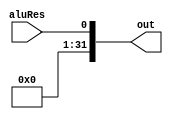
module sing_extend_1_32( // O certo seria zero extend para ele extender apenas com zeros
    input  wire        aluRes,
    output reg [31:0] out
);
    assign out ={{31'd0},aluRes};
endmodule